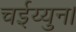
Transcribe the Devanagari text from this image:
चईय्युन।